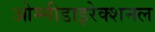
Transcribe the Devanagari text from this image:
ओम्नीडाइरेक्शनल